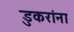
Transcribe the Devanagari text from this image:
डुकरांना